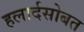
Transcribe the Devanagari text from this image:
हलार्दसोबत